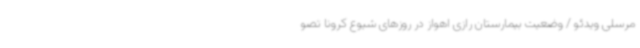
مرسلی ویدئو / وضعیت بیمارستان رازی اهواز در روزهای شیوع کرونا تصو